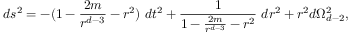
d s ^ { 2 } = - ( 1 - \frac { 2 m } { r ^ { d - 3 } } - r ^ { 2 } ) \ d t ^ { 2 } + \frac { 1 } { 1 - \frac { 2 m } { r ^ { d - 3 } } - r ^ { 2 } } \ d r ^ { 2 } + r ^ { 2 } d \Omega _ { d - 2 } ^ { 2 } ,